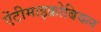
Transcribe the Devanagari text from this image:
ऐंटीमाइक्रोबियल